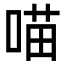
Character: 喵